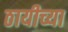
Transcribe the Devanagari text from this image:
ठायीच्या